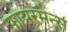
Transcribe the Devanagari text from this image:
फायरमैन्स